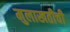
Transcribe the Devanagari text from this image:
मुलाखतीची